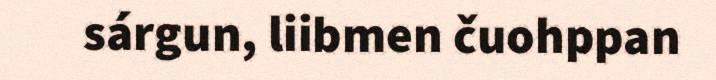
sárgun, liibmen čuohppan